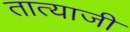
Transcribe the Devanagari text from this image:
तात्याजी